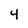
Character: 4